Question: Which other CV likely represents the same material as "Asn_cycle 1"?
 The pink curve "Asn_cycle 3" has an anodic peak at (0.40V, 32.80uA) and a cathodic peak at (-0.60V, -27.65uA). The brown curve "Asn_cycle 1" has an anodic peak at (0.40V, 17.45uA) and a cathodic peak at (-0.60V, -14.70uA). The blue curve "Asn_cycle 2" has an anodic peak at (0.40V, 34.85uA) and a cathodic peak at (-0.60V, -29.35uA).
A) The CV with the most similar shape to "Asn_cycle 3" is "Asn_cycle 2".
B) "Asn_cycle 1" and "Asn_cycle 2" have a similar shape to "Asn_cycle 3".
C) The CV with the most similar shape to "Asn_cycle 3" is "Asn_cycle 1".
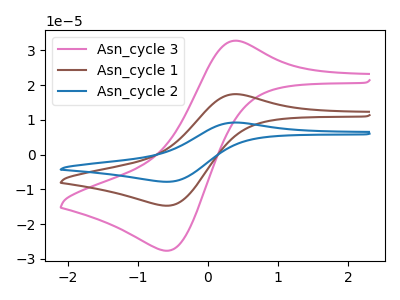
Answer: <think>All the peaks in "Asn_cycle 3" have a peak in "Asn_cycle 1" at the same potential. Every peak in "Asn_cycle 3" is higher than every peak in "Asn_cycle 1". All the peaks in "Asn_cycle 3" have a peak in "Asn_cycle 2" at the same potential. Every peak in "Asn_cycle 3" is lower than every peak in "Asn_cycle 2". All the peaks in "Asn_cycle 1" have a peak in "Asn_cycle 2" at the same potential. Every peak in "Asn_cycle 1" is lower than every peak in "Asn_cycle 2".
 </think>
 <answer>B) "Asn_cycle 1" and "Asn_cycle 2" have a similar shape to "Asn_cycle 3".</answer>
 <eval>B</eval>